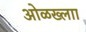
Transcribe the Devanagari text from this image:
ओळख्लाा